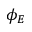
\phi _ { E }